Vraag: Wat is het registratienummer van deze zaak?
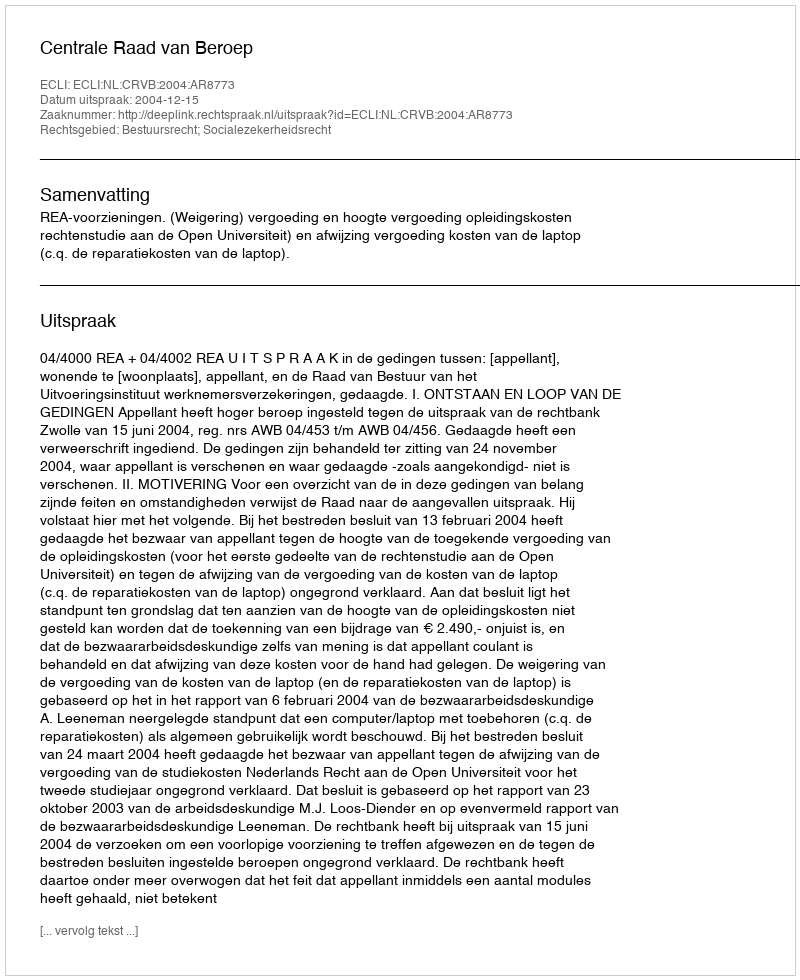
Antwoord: http://deeplink.rechtspraak.nl/uitspraak?id=ECLI:NL:CRVB:2004:AR8773